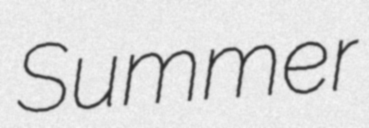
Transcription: Summer